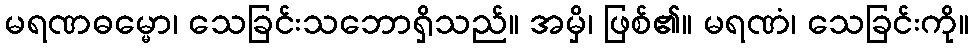
မရဏဓမ္မော၊ သေခြင်းသဘောရှိသည်။ အမှိ၊ ဖြစ်၏။ မရဏံ၊ သေခြင်းကို။